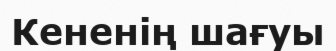
Кененің шағуы